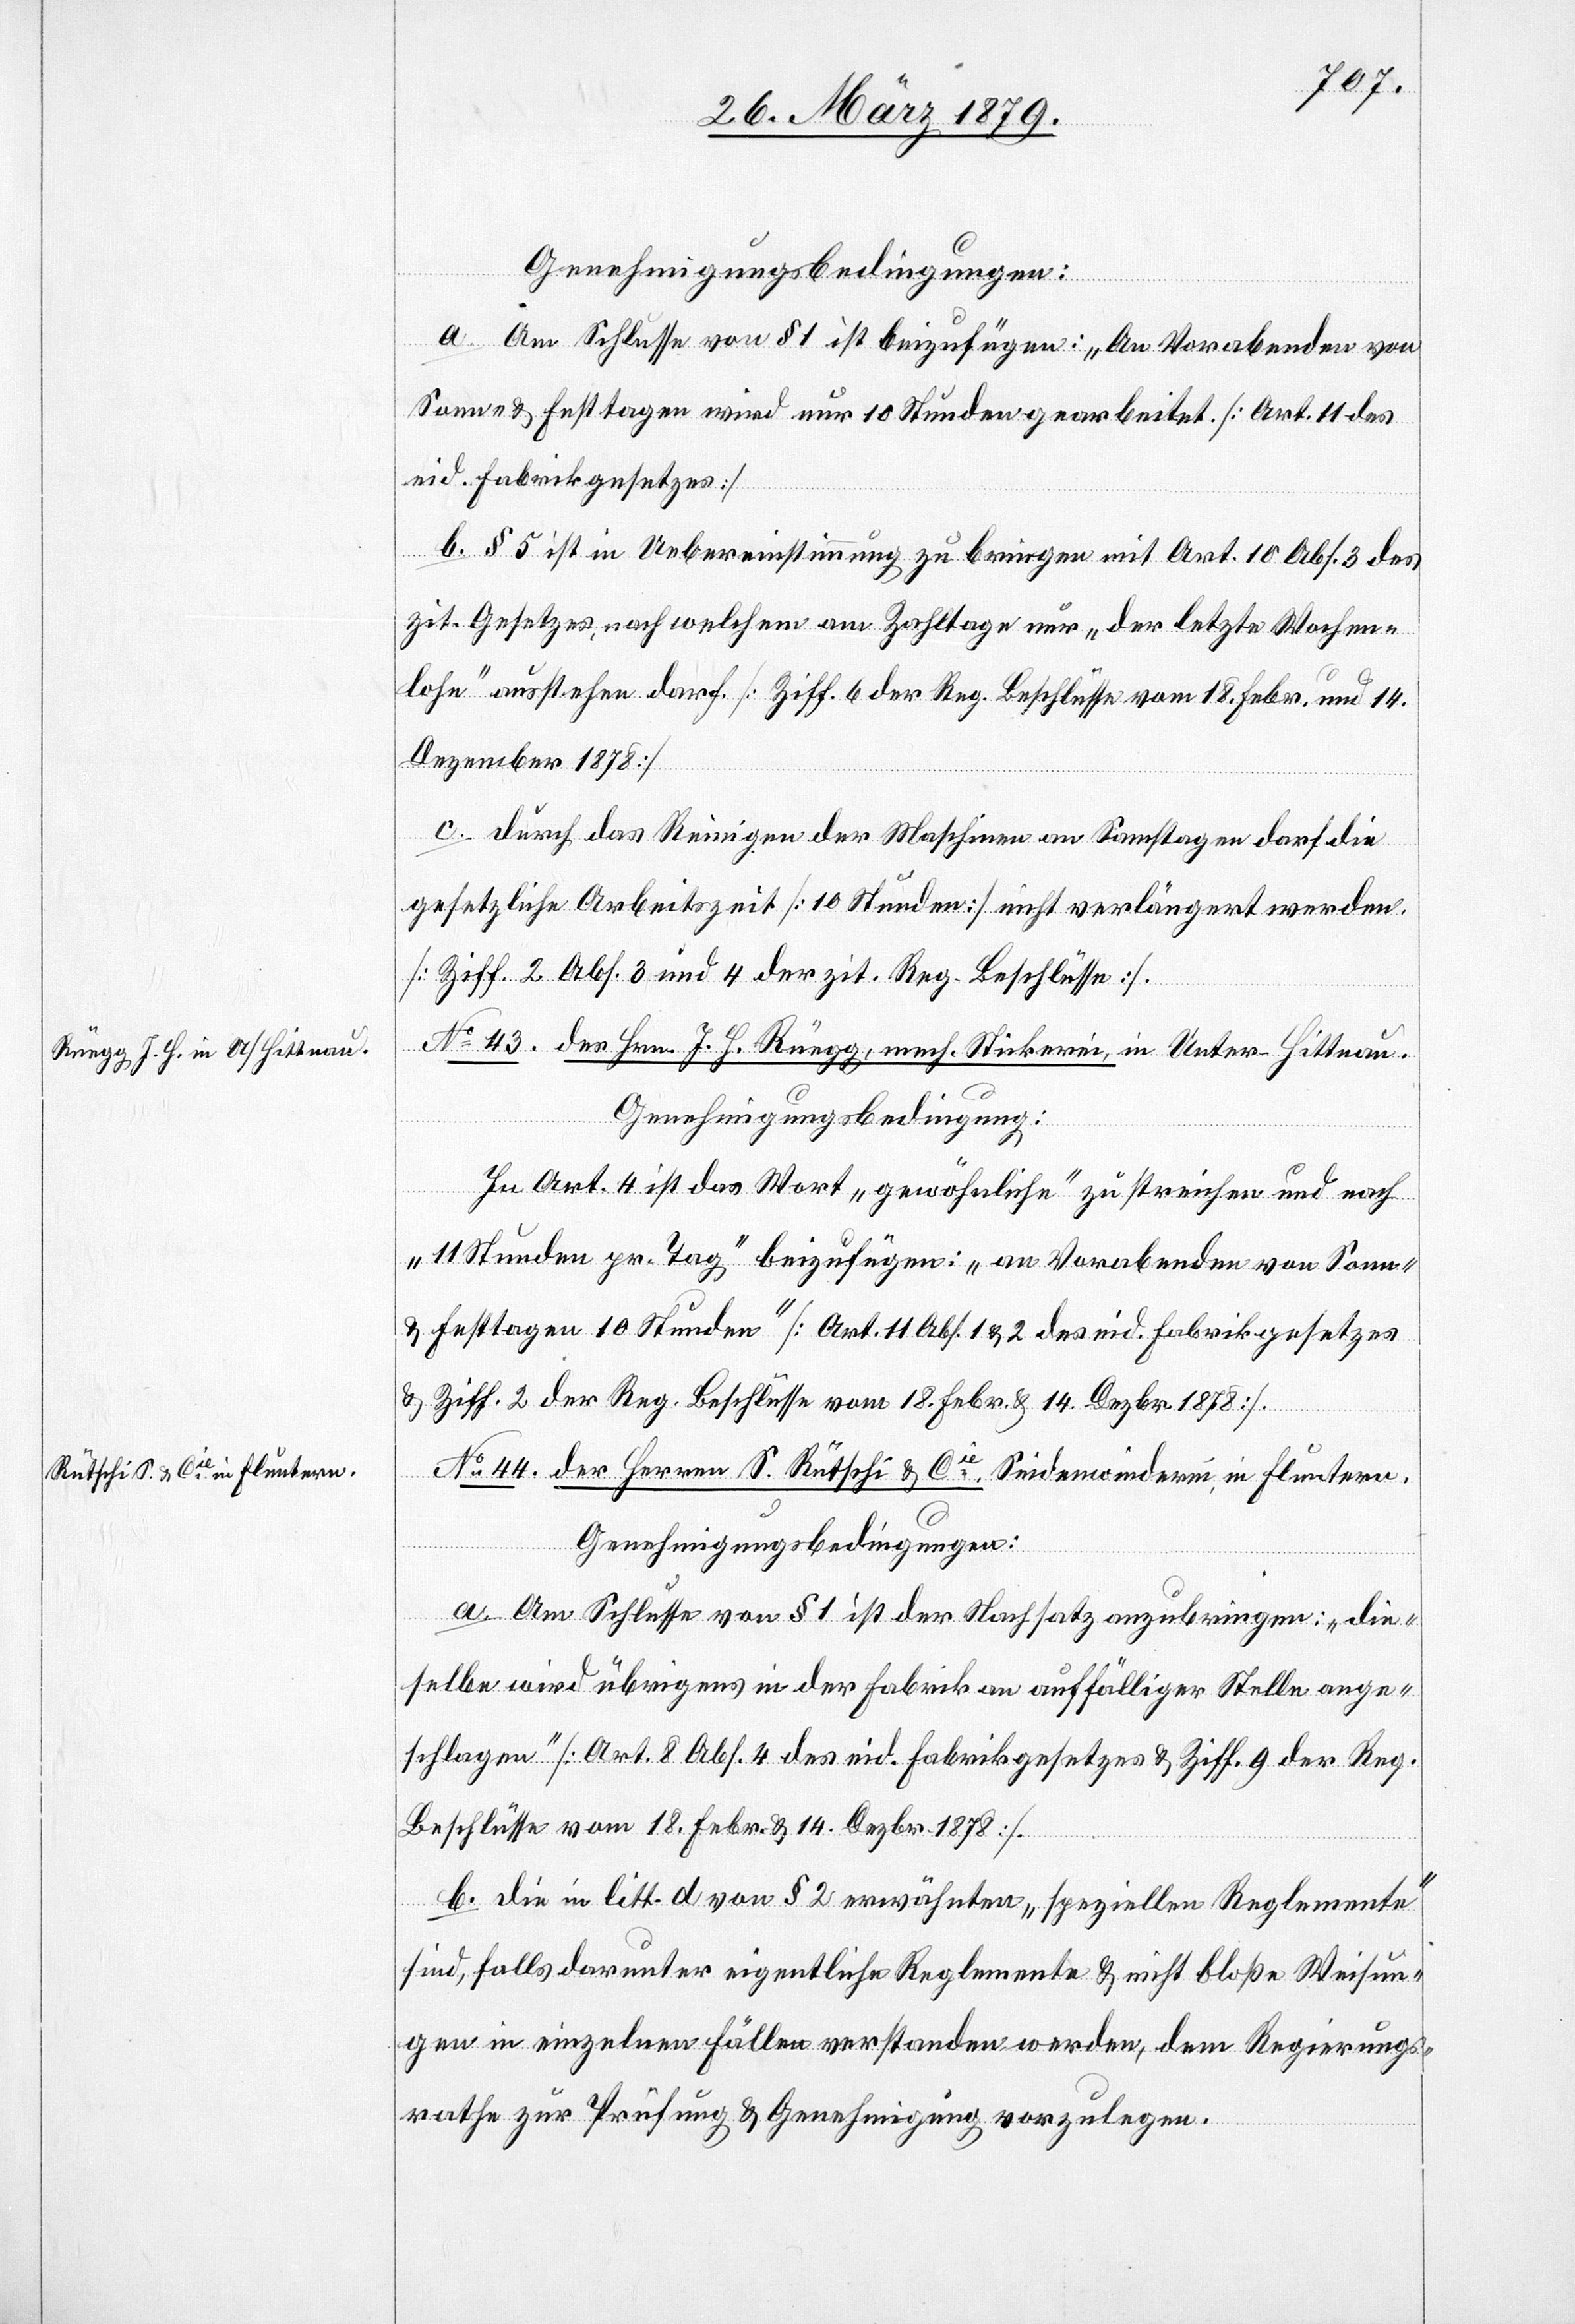
dem

Genehmigungsbedingungen:
a. Am Schlusse von § 1 ist beizufügen: „An Vorabenden von
Sonn- & Festtagen wird nur 10 Stunden gearbeitet[“]. [Art. 11 des
eid. Fabrikgesetzes]
b. § 5 ist in Uebereinstimmung zu bringen mit Art. 10 Abs. 3 des
zit. Gesetzes, nach welchem am Zahltage nur „der letzte Wochen¬
lohn“ ausstehen darf. [Ziff. 6 der Reg. Beschlüsse vom 18. Febr. und 14.
Dezember 1878]
c. Durch das Reinigen der Maschinen an Samstagen darf die
gesetzliche Arbeitszeit [10 Stunden] nicht verlängert werden.
[Ziff. 2 Abs. 3 und 4 der zit. Reg. Beschlüsse].
No 43. des Hrn. J. H. Rüegg, mech. Stickerei, in Unter-Hittnau.
ungs¬
Genehmigungsbedingung:
In Art. 4 ist das Wort „gewöhnliche“ zu streichen und nach
„11 Stunden pr. Tag“ beizufügen: „an Vorabenden von Sonn-
& Festtagen 10 Stunden“ [Art. 11 Abs. 1 & 2 des eid. Fabrikgesetzes
& Ziff. 2 der Reg. Beschlüsse vom 18. Febr. & 14. Dezbr. 1878].
No 44. der Herren S. Rütschi & Cie, Seidenwinderei in Fluntern.
Genehmigungsbedingungen:
a. Am Schlusse von § 1 ist der Nachsatz anzubringen: „Die¬
selbe wird übrigens in der Fabrik an auffälliger Stelle ange¬
schlagen.“ [Art. 8 Abs. 4 des eid. Fabrikgesetzes & Ziff. 9 der Reg.
Beschlüsse vom 18. Febr. & 14. Dezbr. 1878].
b. Die in litt. d. von § 2 erwähnten „speziellen Reglemente“
sind, falls darunter Reglemente & nicht bloße Weisungen in einzelnen Fällen
rathe zur Prüfung & Genehmigung vorzulegen.